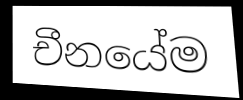
චීනයේම